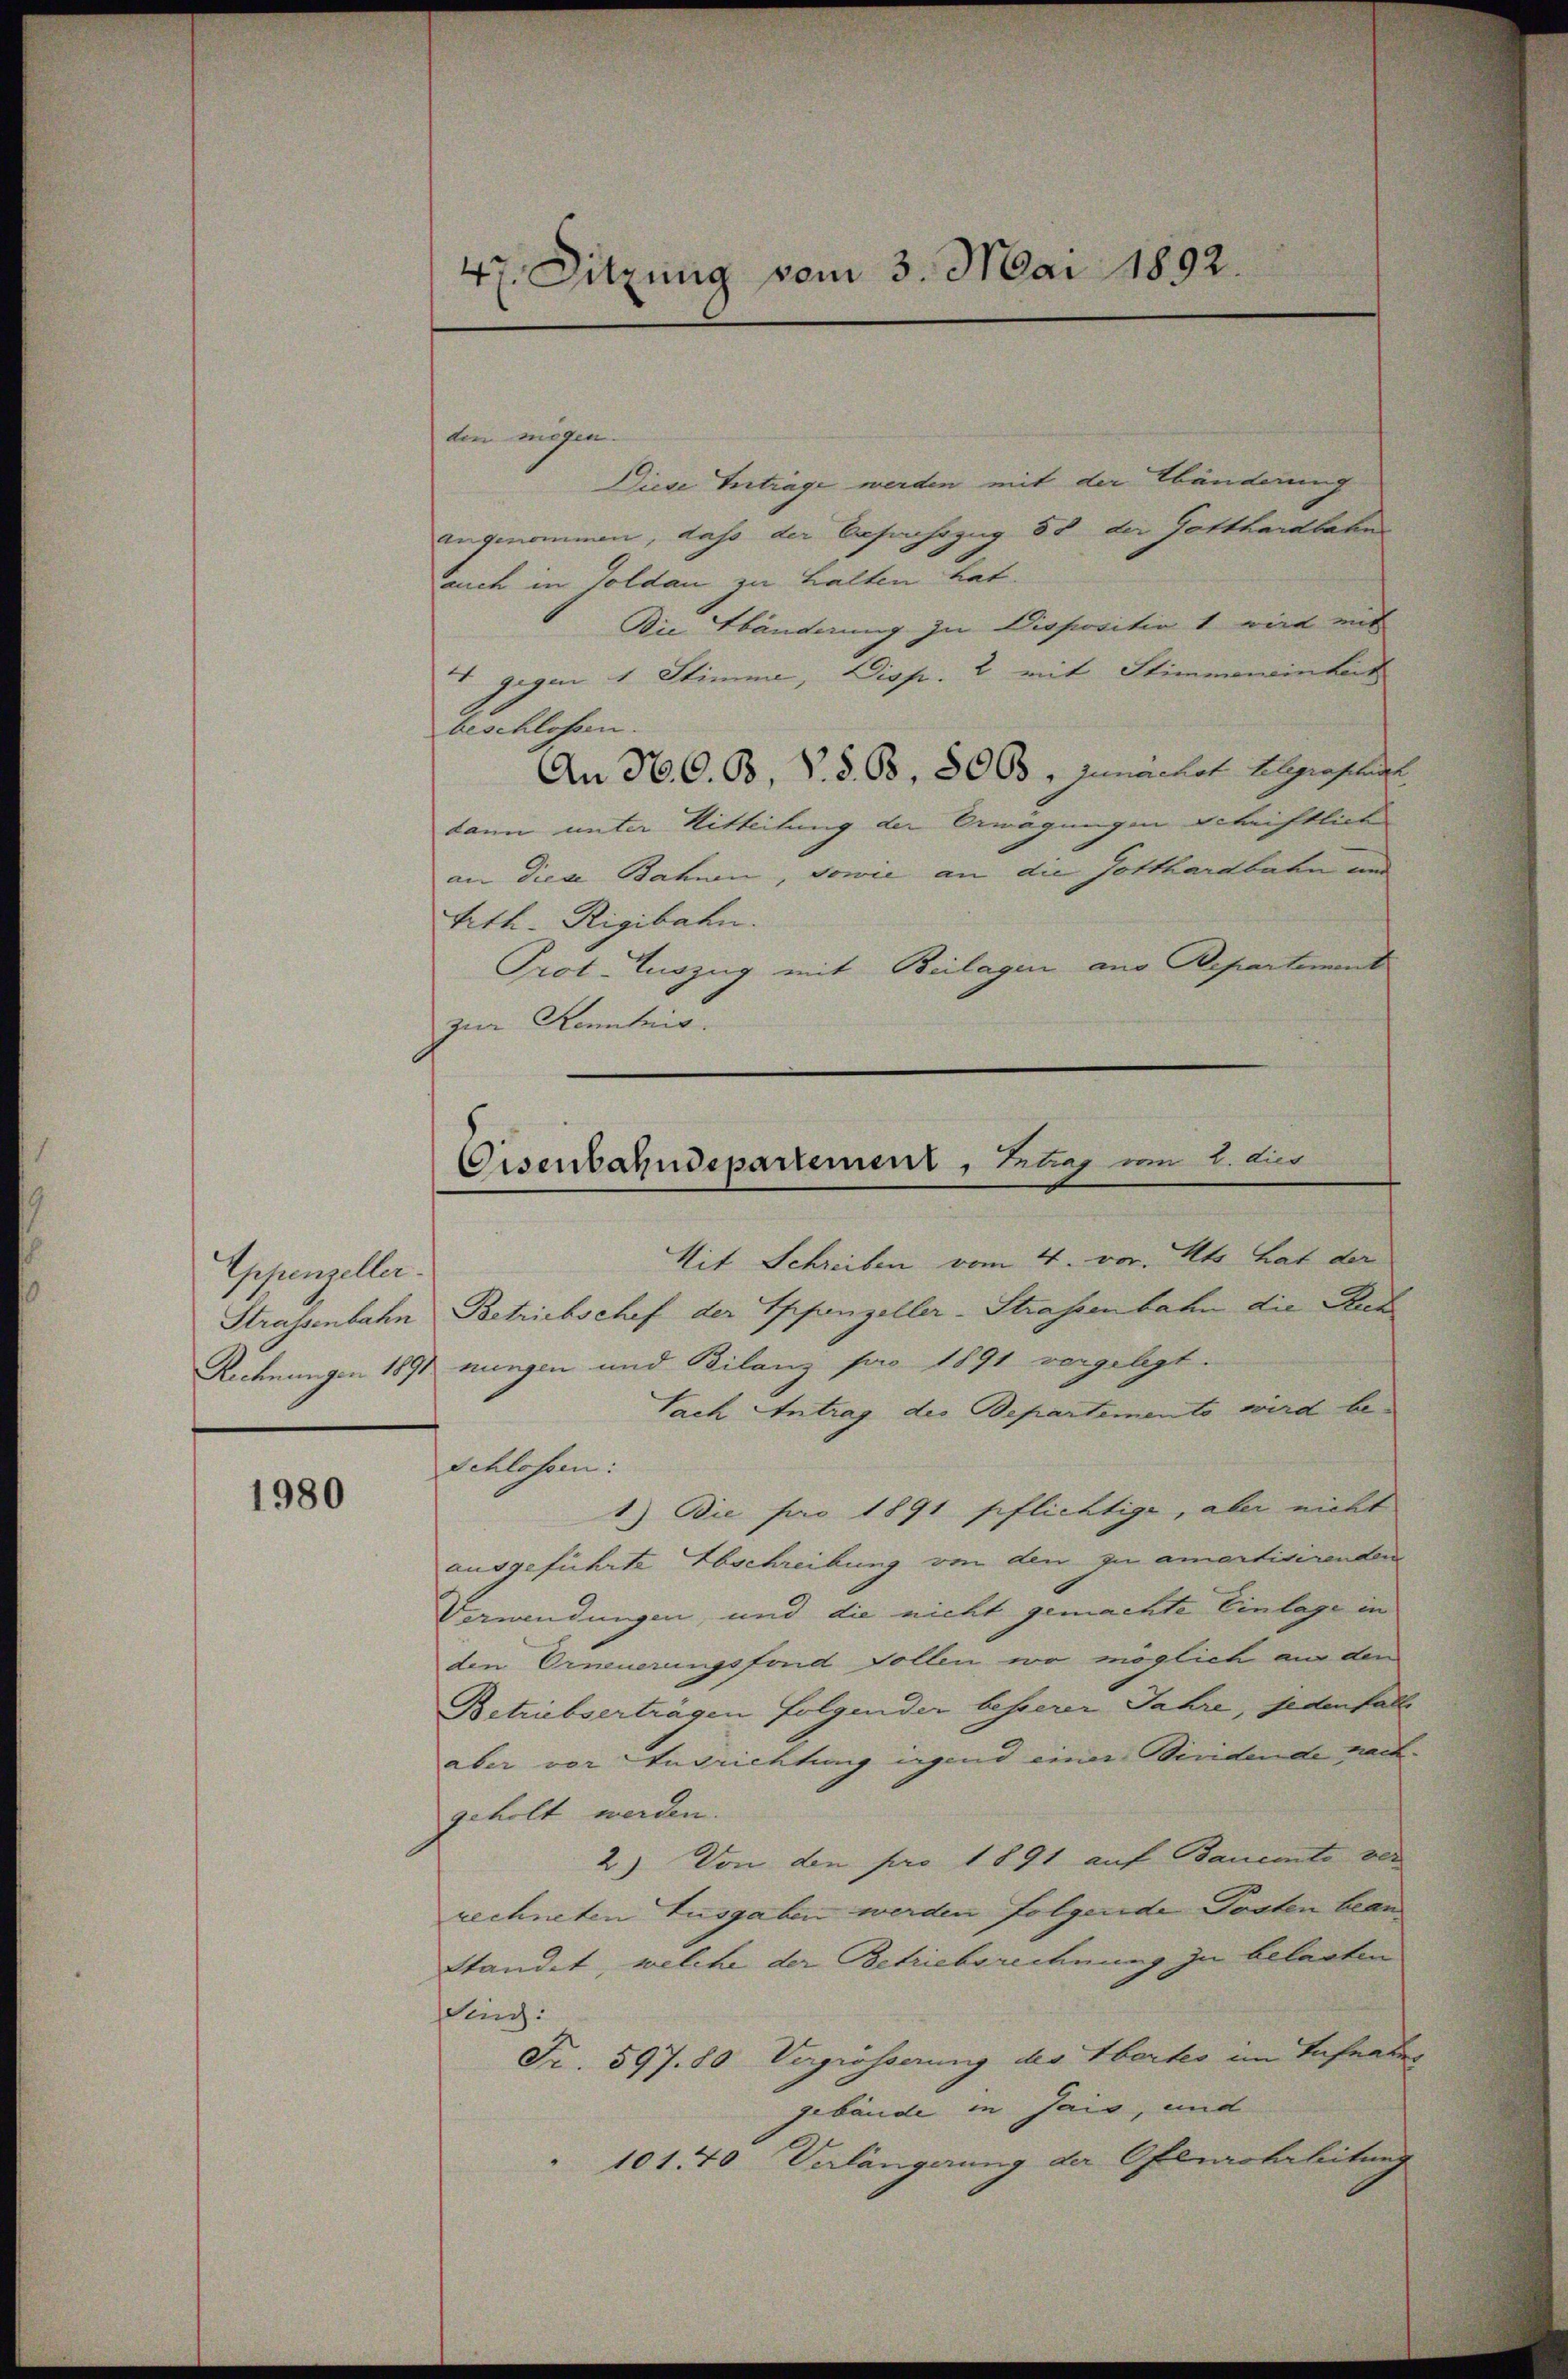
Appenzeller.

1980

47. Sitzung vom 3. Mai 1892.

den mögen.
Diese Inträge werden mit der Abänderung
angenommen, dass der Bahnhozug 88 die Gotthardbahn
Euch in Goldau zu halten hat.
Die Händerung zu Dispositiv 1 wird mit
 gegen 1 Stimme, Disp. 2 mit Stimmeneinheit
beablehnen.
An N. O. B. V. S. Bd. 500, zunächst Abgrafenge
dann unter Mitteilung der Erwägungen Schriftlich
an diese Bahnen, sowie an die Gotthardbahn an
Vith. Rigibahn.
Prot. Auszug mit Beilagen aus Departement
zur Kenntnis. |
Mit Schreiben vom 4. vor. Mts. hat der
Strassenbahn Betriebschef der Sppenzeller-Strassenbahn die Rut
Rechnungen 1891 nungen und Bilanz pro 1891 vergelegt.
Nach Antrag des Bepartements wird be¬
Schlossen:
1.) Die pro 1891 pflichtige, aber nicht
ausgeführte Abschreibung von den zu amortivirenden
Verwendungen, und die nicht gemachte Einlage in
den Erneuerungsfond Sollen wo möglich aus den
Betrübserträgen folgenden besserer Jahre, jedenfall
aber vor Andrichtung irgend einer Wiridende nachgeholt werden.
2) Von den pro 1891 auf Bauemto ver
rechneten Lusgaben werden folgende Posten bean
standet, welche der Betrieberechnung zu belasten
Sing:
Fr. 597. 80 Vergrösserung des Wortes im Tafeater
gebäude in Jais, und
101170 Verlängerung der Oflerbeleitung

Eisenbahndepartement, Betrag vom 1. die